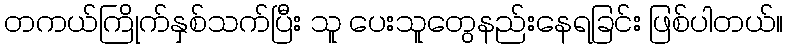
တကယ်ကြိုက်နှစ်သက်ပြီး သူ ပေးသူတွေနည်းနေရခြင်း ဖြစ်ပါတယ်။